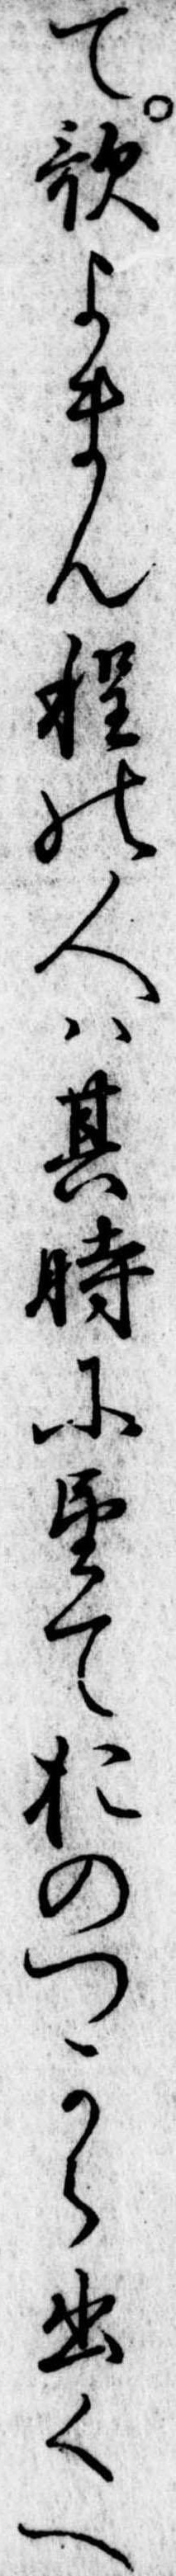
て歌よまん程の人は其時に望ておのつから出くへ